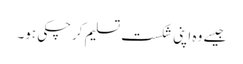
جیسے وہ اپنی شکست تسلیم کرچکی ہو۔